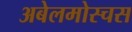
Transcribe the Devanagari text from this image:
अबेलमोस्चस